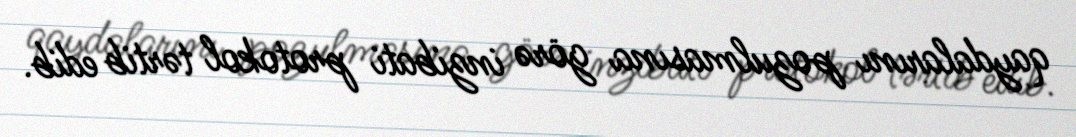
qaydalarını pozulmasına görə inzibati protokol tərtib edib.